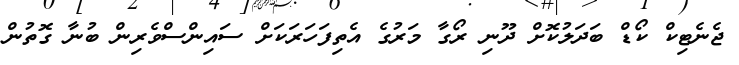
ޖެނެޓިކް ކޯޑް ބަދަލުކޮށް ދޫނި ރޯގާ މަރުގެ އެތިފަހަރަކަށް ސައިންސްވެރިން ބުނާ ގޮތުން